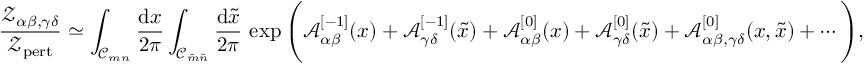
\frac { { \mathscr Z } _ { \alpha \beta , \gamma \delta } } { { \mathscr Z } _ { \mathrm { p e r t } } } \simeq \int _ { { \mathcal C } _ { m n } } \frac { \mathrm { d } x } { 2 \pi } \int _ { { \mathcal C } _ { \tilde { m } \tilde { n } } } \frac { \mathrm { d } \tilde { x } } { 2 \pi } \, \exp \Bigg ( { \mathcal A } _ { \alpha \beta } ^ { [ - 1 ] } ( x ) + { \mathcal A } _ { \gamma \delta } ^ { [ - 1 ] } ( \tilde { x } ) + { \mathcal A } _ { \alpha \beta } ^ { [ 0 ] } ( x ) + { \mathcal A } _ { \gamma \delta } ^ { [ 0 ] } ( \tilde { x } ) + { \mathcal A } _ { \alpha \beta , \gamma \delta } ^ { [ 0 ] } ( x , \tilde { x } ) + \cdots \Bigg ) ,